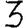
Digit: 3